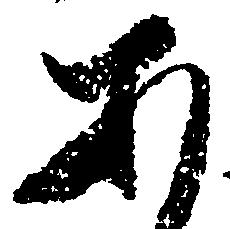
あ